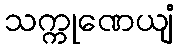
သက္ကုဏေယျံ